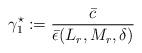
LaTeX: \begin{align*}\gamma_1^\star := \dfrac{\bar c}{ \bar \epsilon(L_r,M_r, \delta)}\end{align*}